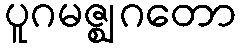
ပူဂမဇ္ဈဂတော